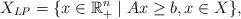
LaTeX: \begin{align*}X_{LP} = \{ x \in \mathbb{R}^n_+ \mid Ax \geq b, x \in X \},\end{align*}